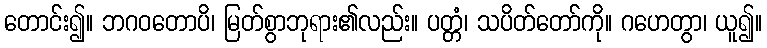
တောင်း၍။ ဘဂဝတောပိ၊ မြတ်စွာဘုရား၏လည်း။ ပတ္တံ၊ သပိတ်တော်ကို။ ဂဟေတွာ၊ ယူ၍။